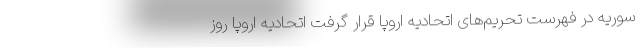
سوریه در فهرست تحریم‌های اتحادیه اروپا قرار گرفت اتحادیه اروپا روز